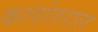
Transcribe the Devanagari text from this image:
कलांतराल